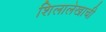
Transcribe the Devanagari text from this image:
शिलालेखाची